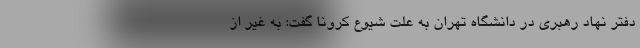
دفتر نهاد رهبری در دانشگاه تهران به علت شیوع کرونا گفت: به غیر از